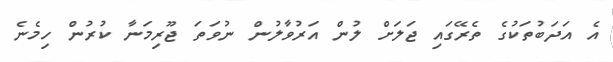
އެ އަދަބުތަކުގެ ތެރޭގައި ޖަލަށް ލުން އަރުވާލުން ނުވަތަ ޖޫރިމަނާ ކުރުން ހިމެނެ